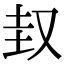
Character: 𡊋